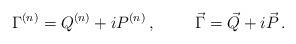
LaTeX: \begin{align*}\Gamma^{(n)} = Q^{(n)}+iP^{(n)}\, ,\hspace{1cm}\vec{\Gamma} = \vec{Q}+i\vec{P}\, . \end{align*}